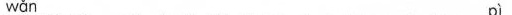
wǎn pì